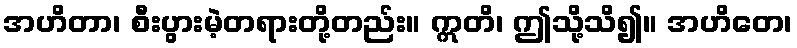
အဟိတာ၊ စီးပွားမဲ့တရားတို့တည်း။ ဣတိ၊ ဤသို့သိ၍။ အဟိတေ၊